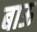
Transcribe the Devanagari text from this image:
बाऊ